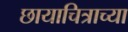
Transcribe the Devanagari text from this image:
छायाचित्राच्या